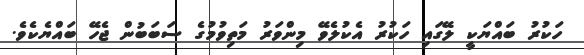
ހަކުރު ބައްޔަކީ ލޭގައި ހަކުރު އެކުލެވޭ މިންވަރު މަތިވުމުގެ ސަބަބުން ޖެހޭ ބައްޔެކެވެ.